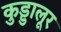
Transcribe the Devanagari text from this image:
कुड्डालूर